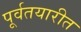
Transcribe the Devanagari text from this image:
पूर्वतयारीत